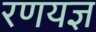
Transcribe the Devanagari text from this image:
रणयज्ञ